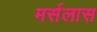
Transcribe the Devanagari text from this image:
मर्सलास